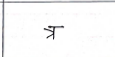
मजकूर: त्र